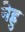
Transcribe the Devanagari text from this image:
नेह्रु